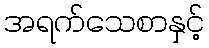
အရက်သေစာနှင့်